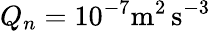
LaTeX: Q_{n}=10^{-7}\mathrm{m^{2}\, s^{-3}}